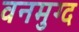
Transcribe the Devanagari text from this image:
वनमुग्द